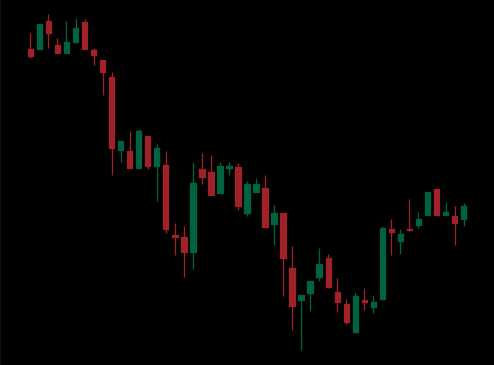
Pattern: bull_flag